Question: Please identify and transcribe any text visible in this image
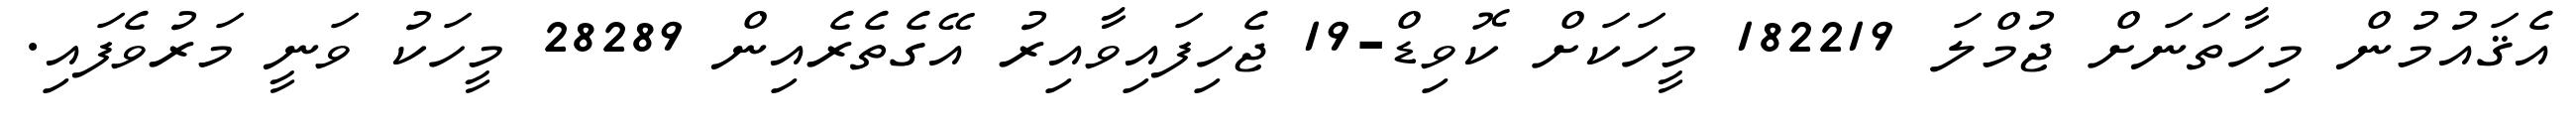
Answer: އެޤައުމުން މިހާތަނަށް ޖުމްލަ 182219 މީހަކަށް ކޮވިޑް-19 ޖެހިފައިވާއިރު އޭގެތެރެއިން 28289 މީހަކު ވަނީ މަރުވެފައި.